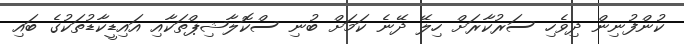
ކުންފުނިން ދިވެހި ސަރުކާރަށް ހިލޭ ދޭނެ ކަމަށް ބުނި ސްކޮލާޝިޕްތަކާއި އައިޑީކާޑުތަކުގެ ބައި